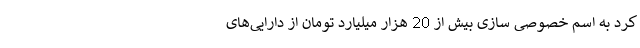
کرد به اسم خصوصی سازی بیش از 20 هزار میلیارد تومان از دارایی‌های